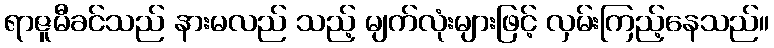
ရာဇူမီခင်သည် နားမလည် သည့် မျက်လုံးများဖြင့် လှမ်းကြည့်နေသည်။